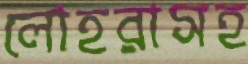
লোহরাসহ